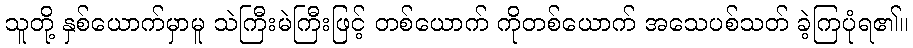
သူတို့ နှစ်ယောက်မှာမူ သဲကြီးမဲကြီးဖြင့် တစ်ယောက် ကိုတစ်ယောက် အသေပစ်သတ် ခဲ့ကြပုံရ၏။